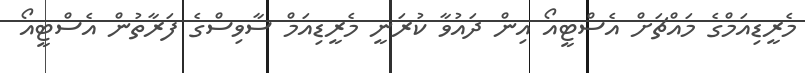
މެރީޑިއަމްގެ މައްޗަށް އެސްޓީއޯ އިން ދައުވާ ކުރަނީ މެރީޑިއަމް ސާވިސްގެ ފަރާތުން އެސްޓީއޯ